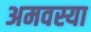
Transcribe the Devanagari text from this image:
अमवस्या